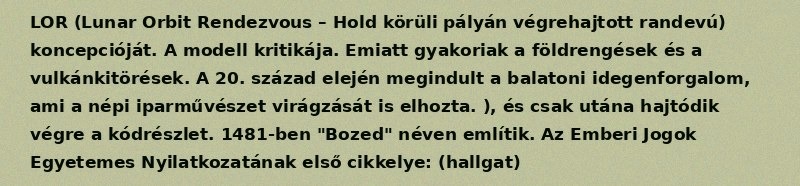
LOR (Lunar Orbit Rendezvous – Hold körüli pályán végrehajtott randevú) koncepcióját. A modell kritikája. Emiatt gyakoriak a földrengések és a vulkánkitörések. A 20. század elején megindult a balatoni idegenforgalom, ami a népi iparművészet virágzását is elhozta. ), és csak utána hajtódik végre a kódrészlet. 1481-ben "Bozed" néven említik. Az Emberi Jogok Egyetemes Nyilatkozatának első cikkelye: (hallgat)